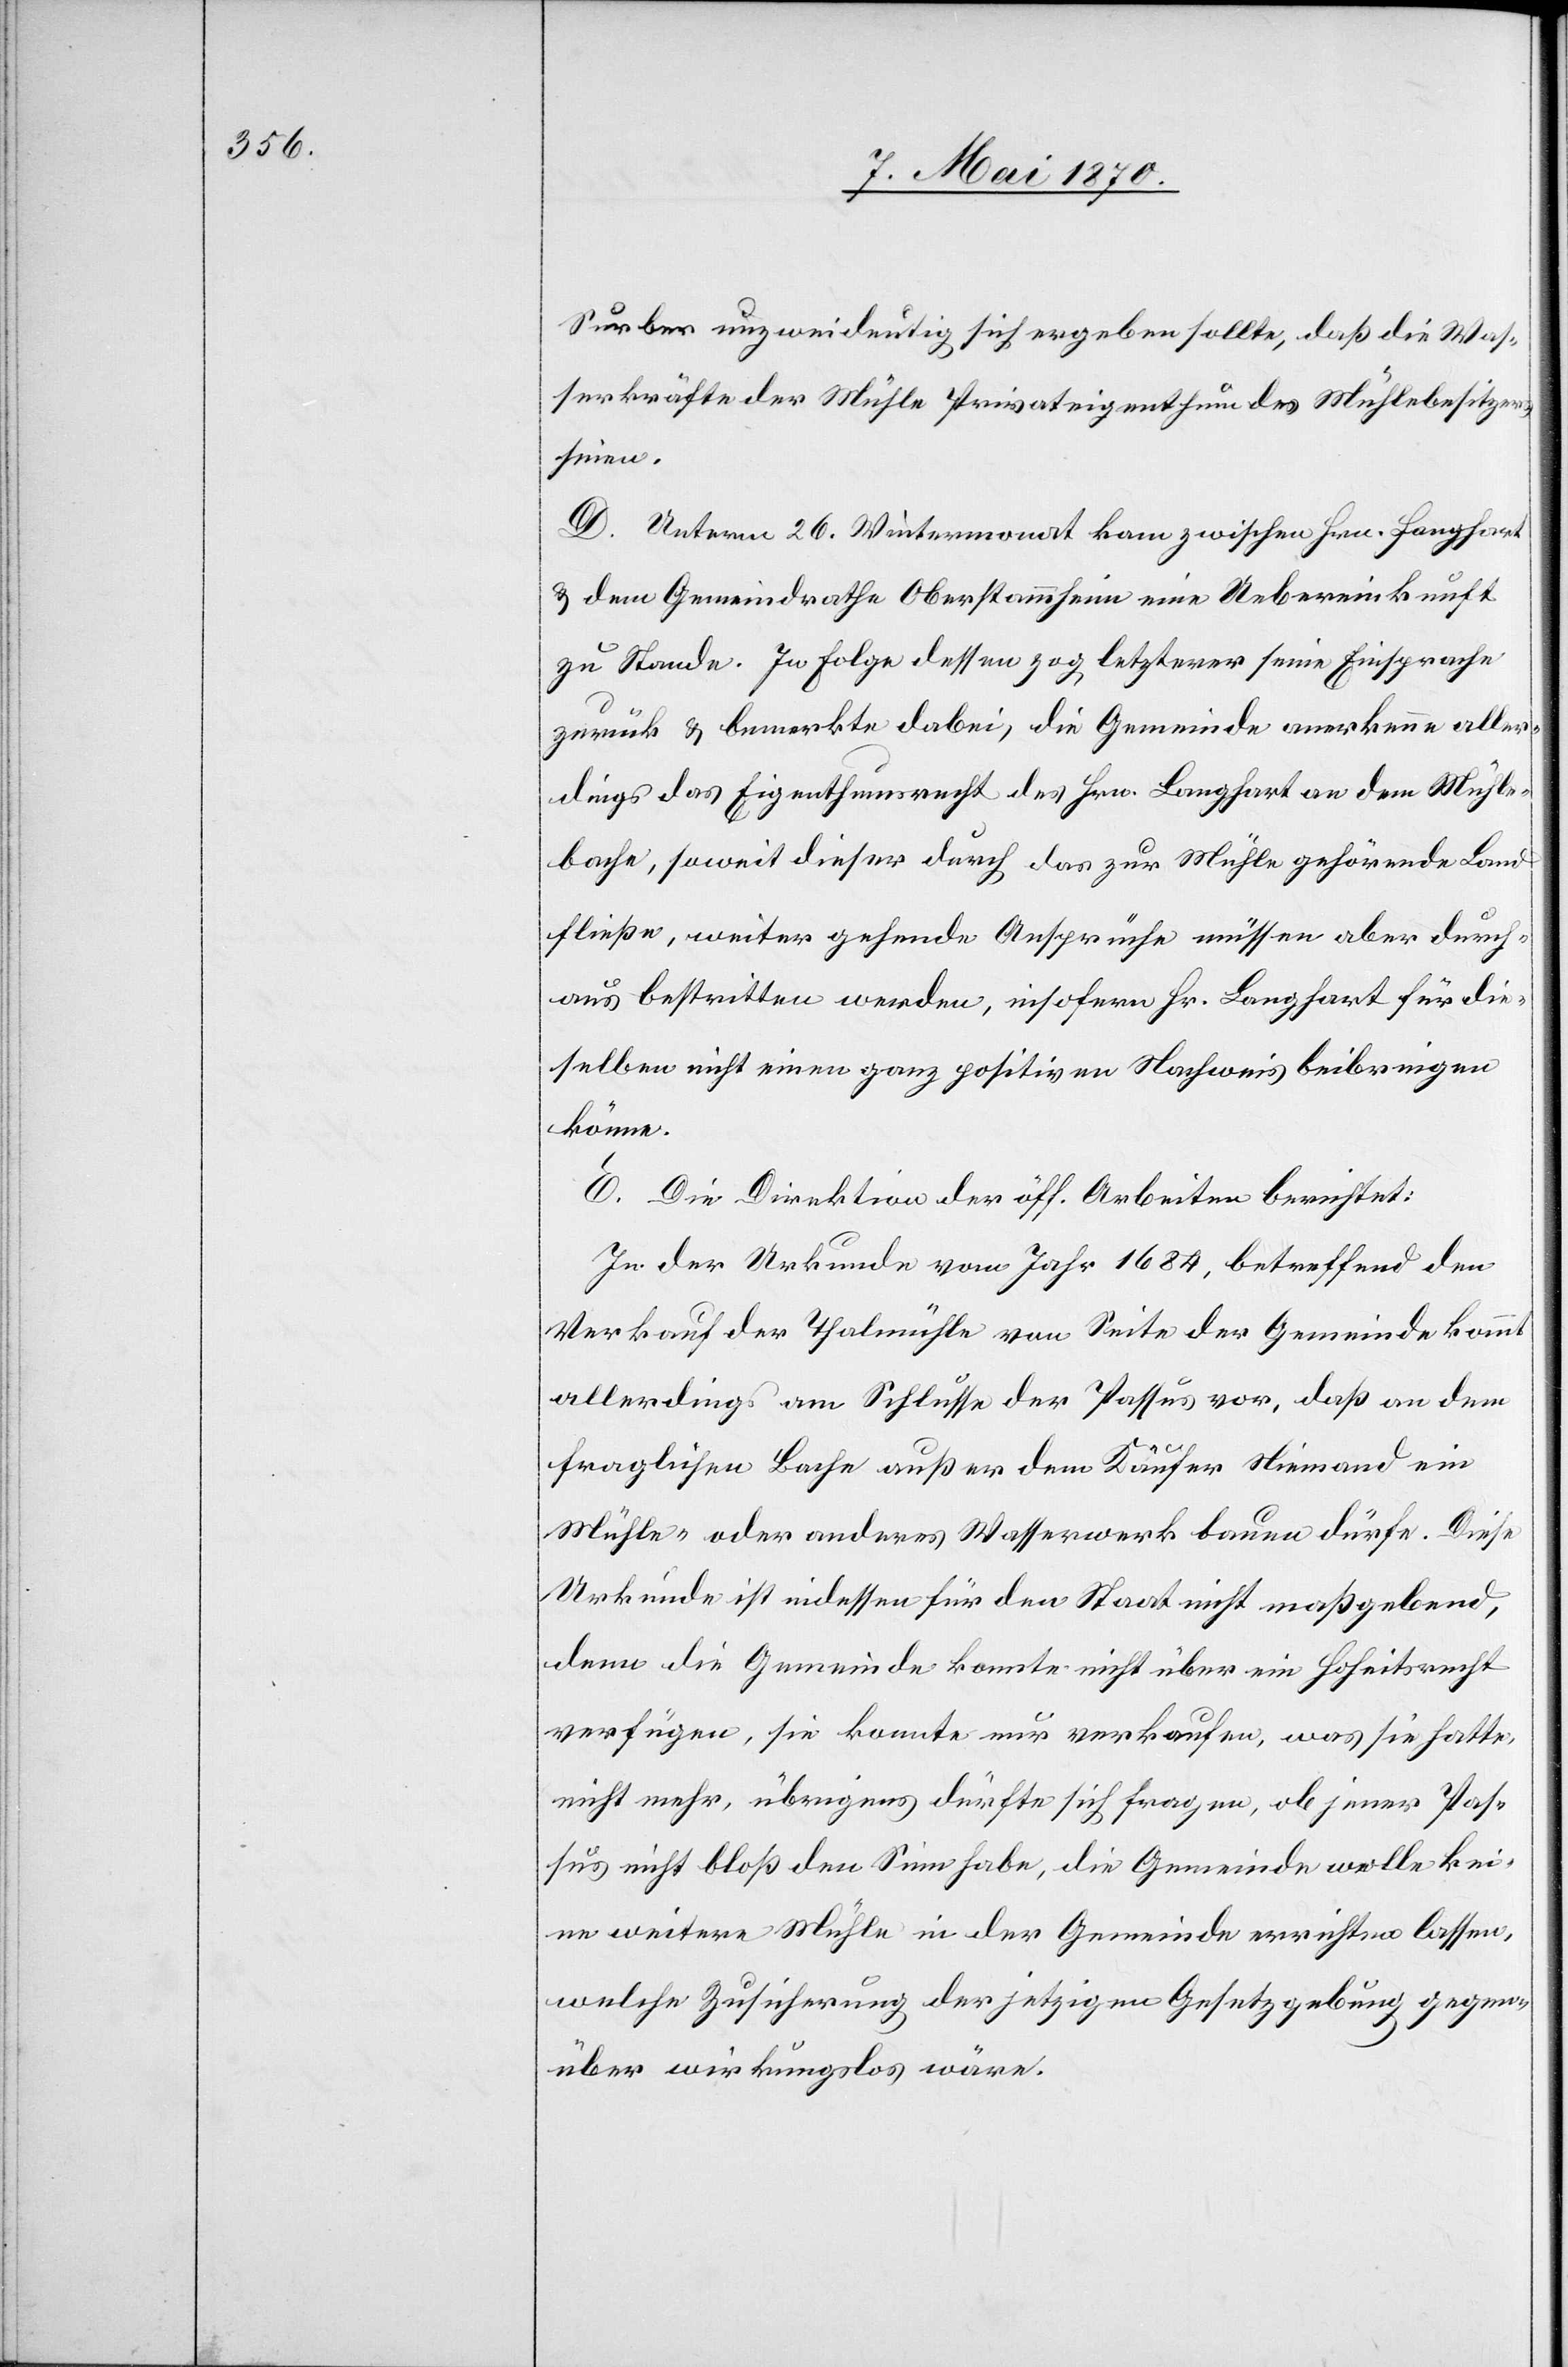
Surber unzweideutig sich ergeben sollte, daß die Was¬
serkräfte der Mühle Privateigenthum des Mühlebesitzers
seien.
D. Unterm 26. Wintermonat kam zwischen Hrn. Langhart
& dem Gemeindrathe Oberstammheim eine Uebereinkunft
zu Stande. In Folge dessen zog letzterer seine Einsprache
zurück & bemerkte dabei, die Gemeinde anerkenne aller¬
dings das Eigenthumsrecht des Hrn. Langhart an dem Mühle¬
bache, soweit dieser durch das zur Mühle gehörende Land
fließe, weiter gehende Ansprüche müssen aber durch¬
aus bestritten werden, insofern Hr. Langhart für die¬
selben nicht einen ganz positiven Nachweis beibringen
könne.
E. Die Direktion der öff. Arbeiten berichtet:
In der Urkunde vom Jahr 1648, betreffend den
Verkauf der Thalmühle von Seite der Gemeinde kommt
allerdings am Schlusse der Passus vor, daß an dem
fraglichen Bache außer dem Käufer Niemand ein
Mühle- oder anderes Wasserwerk bauen dürfe. Diese
Urkunde ist indessen für den Staat nicht maßgebend,
denn die Gemeinde konnte nicht über ein Hoheitsrecht
verfügen, sie konnte nur verkaufen, was sie hatte,
nicht mehr, übrigens dürfte sich fragen, ob jener Pas¬
sus nicht bloß den Sinn habe, die Gemeinde wolle kei¬
ne weitere Mühle in der Gemeinde errichten lassen,
welche Zusicherung der jetzigen Gesetzgebung gegen¬
über wirkungslos wäre.